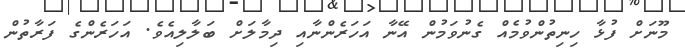
މޫނަށް ފުޅާ ހިނިތުންވުމެއް ގެނުވަމުން އޭނާ އަހަރެންނާއި ދިމާލަށް ބަލާލިއެވެ. އަހަރެންގެ ފަރާތުން